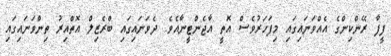
ފީފާ ރޭންކިންގެ އެއްވަނައިގައި މިފަހަރުވެސް އޮތީ އާޖެންޓީނާއެވެ. ދެވަނައިގައި ބްރެޒިލް އޮތްއިރު ތިންވަނައިގައި